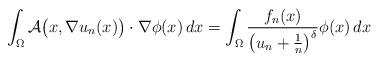
LaTeX: \begin{align*}\int_{\Omega}{\mathcal{A}\big(x,\nabla u_n(x)\big)}\cdot\nabla\phi(x)\,dx &= \int_{\Omega}\frac{f_n(x)}{\big(u_n+\frac{1}{n}\big)^\delta}\phi(x)\,dx\end{align*}